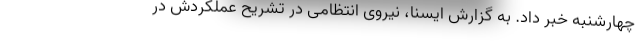
چهارشنبه خبر داد. به گزارش ایسنا، نیروی انتظامی در تشریح عملکردش در